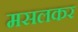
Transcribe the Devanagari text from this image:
मसलकर